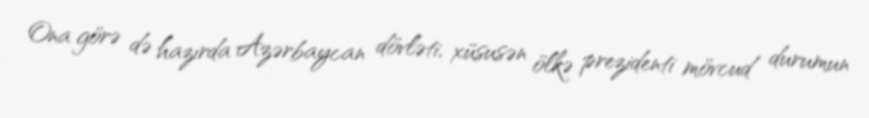
Ona görə də hazırda Azərbaycan dövləti, xüsusən ölkə prezidenti mövcud durumun